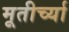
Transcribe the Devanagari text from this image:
मूतीर्च्या